Document type: Emphyteutic lease
Year: 1316
Scribe: Guillem de Vila
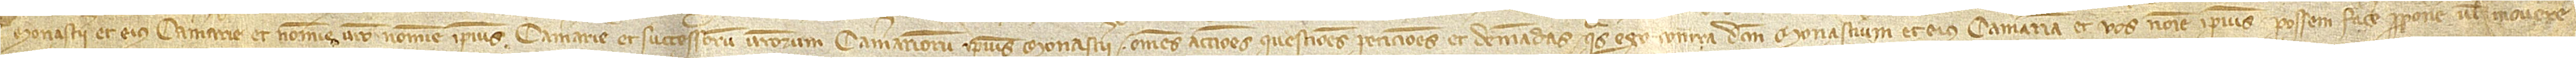
dicti monasterii et eius camerarie et nomine vestro nomine ipsius camerarie et successorum vestrorum camerariorum ipsius monasterii omnes acciones, questiones, peticiones et demandas quas ego contra dictum monasterium et eius camerariam et vos nomine ipsius possem facere, proponere vel movere